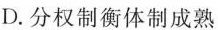
D. 分权制衡体制成熟